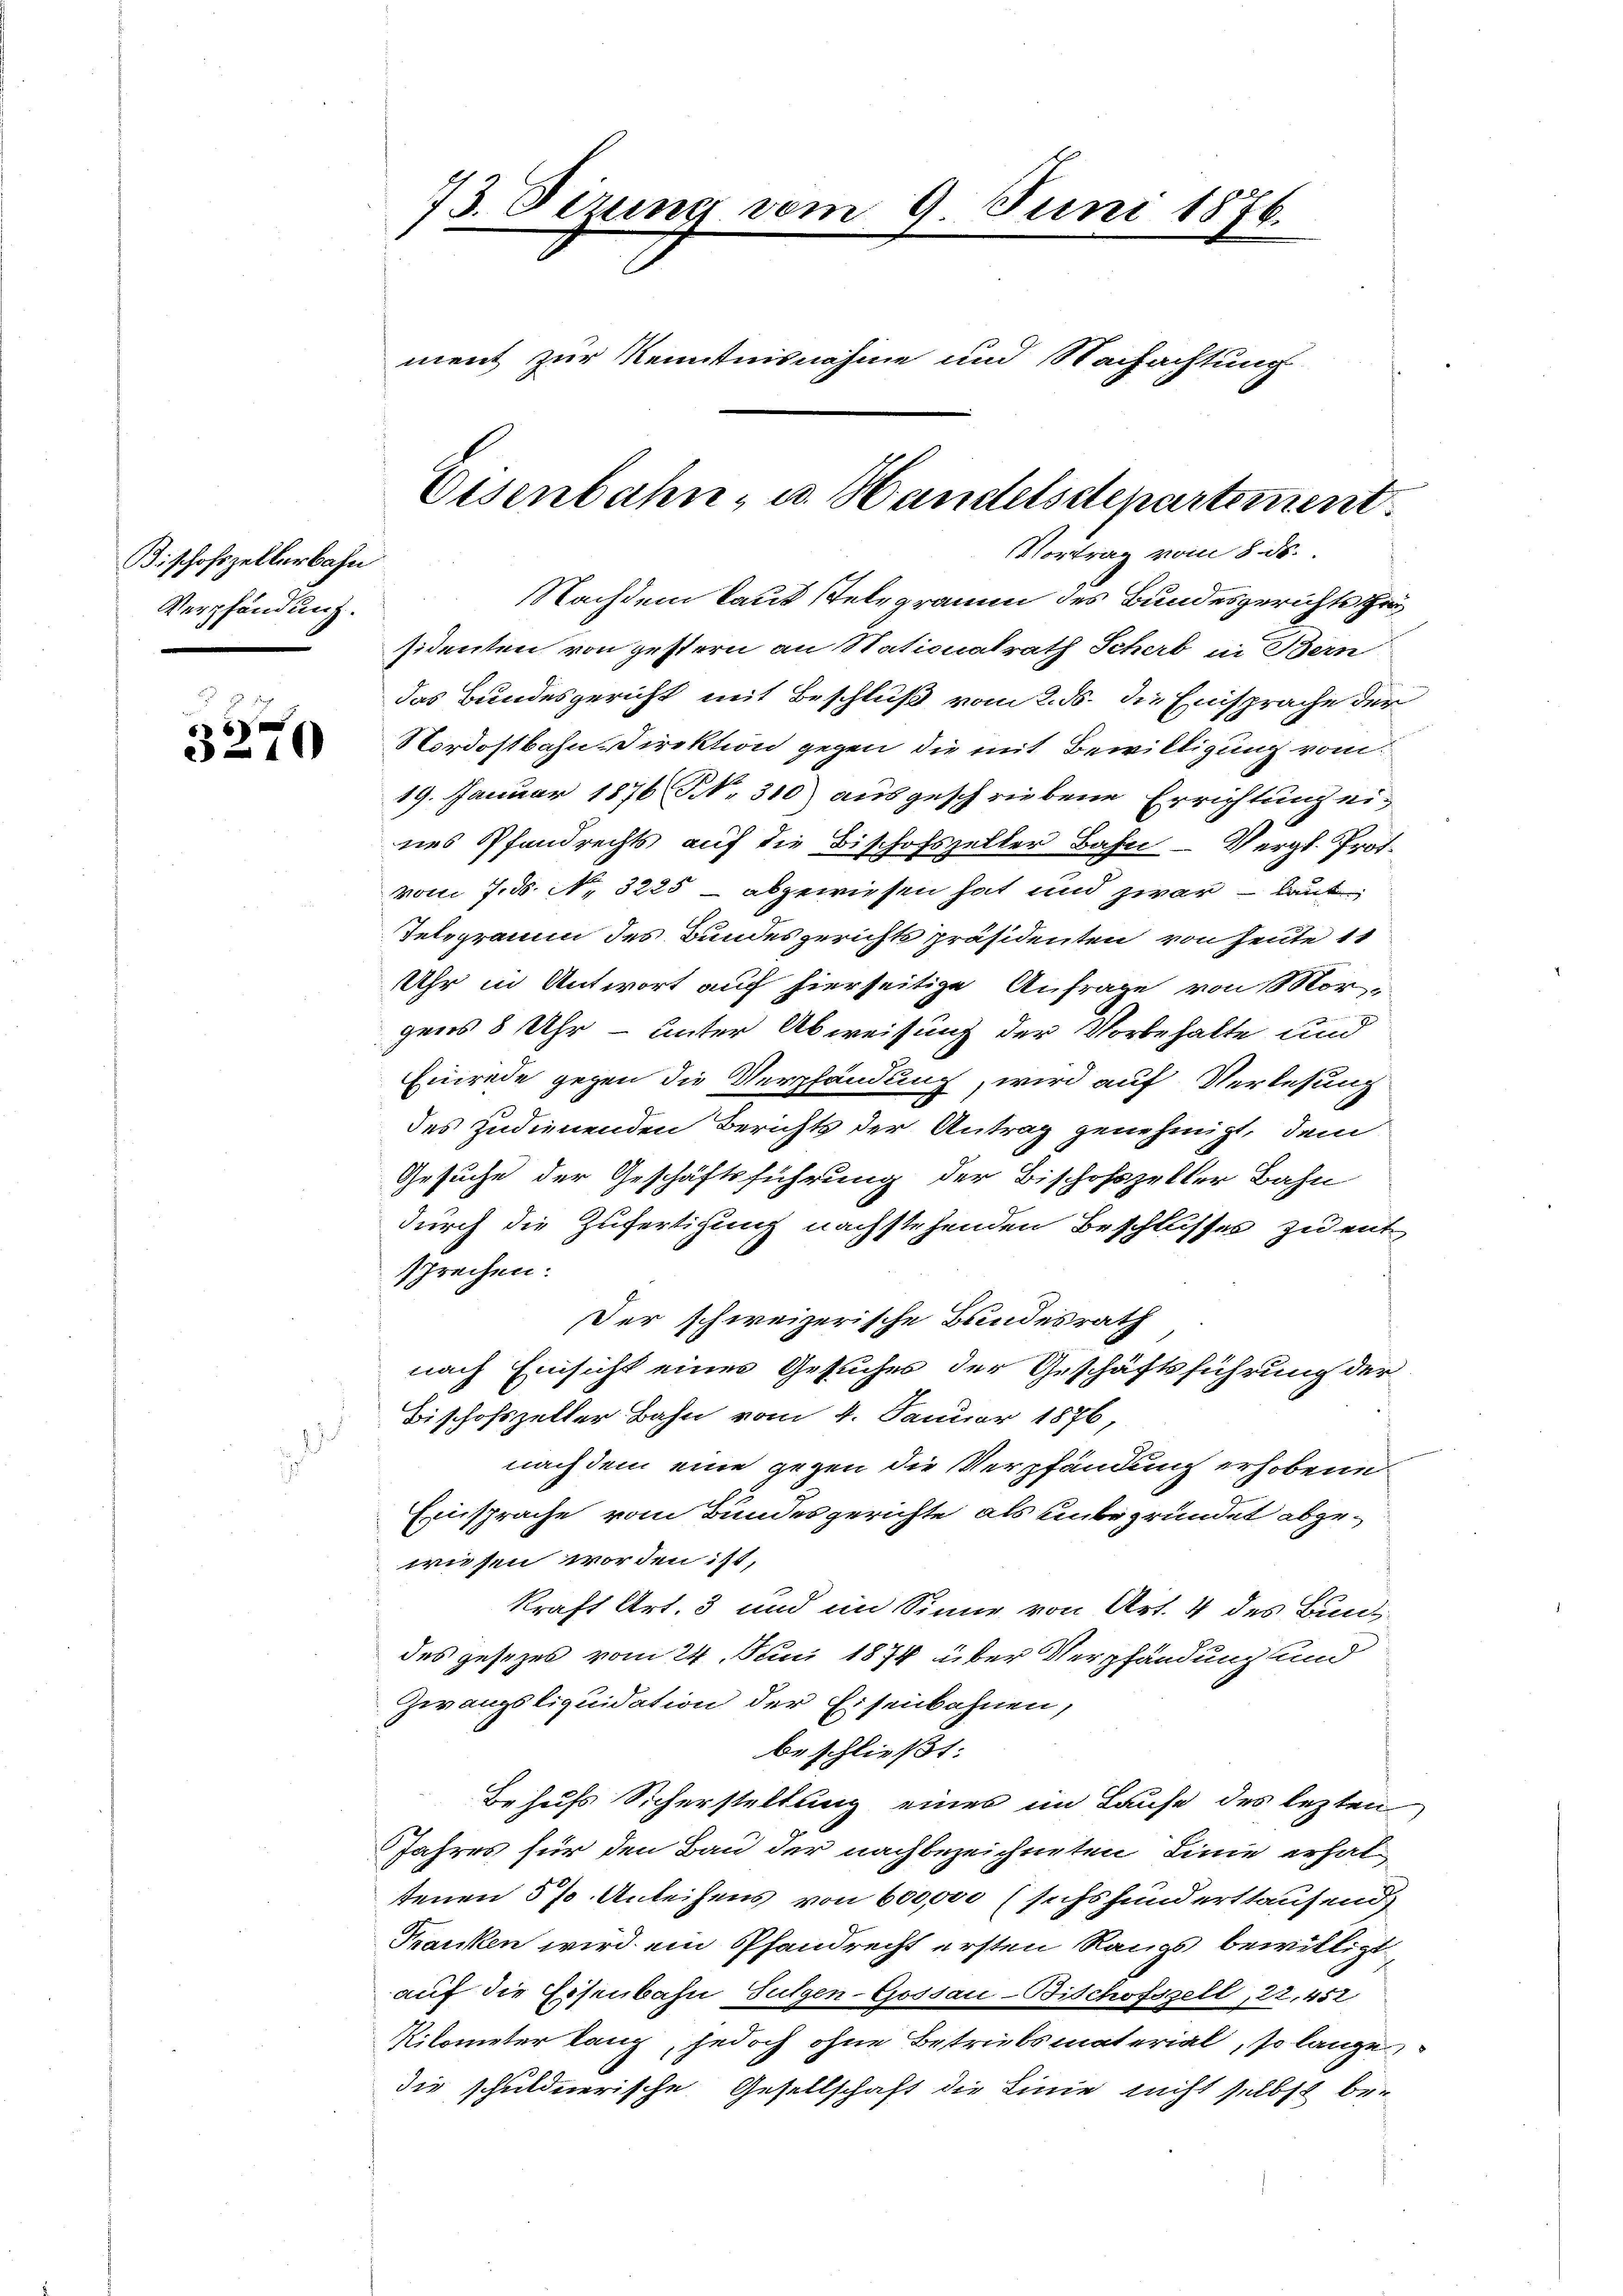
Bischofszellerbahn
Verpfändung.

6
3-10

73. Dezung vom 9. Juni 1876.

Nachdem Lauf stelegramm des Bundesgerichte He
sidenten von gestern an Stationalrath Schert in Bern
das Bundesgericht mit Beschluß vom 2. ds. die Einsprache der
Nordostbahn, Direktion gegen die mit Bewilligung vom
19. Januar 1876 S. 310) ausgeschriebene Errichtung eines Pfandrechts auf die Bischofszeller Bahn- Vergl. Prof.
vom 7. d. No. 3225 abgewiesen hat und zwar – laut
Tetogramm des Bundesgerichts präsidenten von heute 11
Uhr in Antwort auf hierseitige Anfrage von Morgens 8 Uhr – unter Abweisung der Vorbehalte und
Einrede gegen die Verpfändung, wird auf Verlesung
des zudienenden Berichts der Antrag genehmigt, dem
Gesuche der Geschäftsführung der Bischofszeller Bahn
durch die Zufertigung nachstehenden Beschlusses zu entsprechen.
Der schweizerische Bundesrath
nach Einsicht eines Gesuches der Geschäftsführung der
Bischofszeller Bahn vom 4. Januar 1876,
nach dem eine gegen die Verpfändung erhobene
Einsprache vom Bundesgerichte als unbegründet abgewiesen worden ist,
kraft Art. 3 und im Sinne von Art. 4 des Bund
des gesezes vom 24. Juni 1874 über Verpfändung und
Zwangsliquidation der Eisenbahnen,
beschließt:
Behufs Sicherstellung eines im Laufe des lezten
Jahres für den Bau der nachbezeichneten Linie erhal
tenen 5 % Anleihens von 600,000 (sechshunderthaufend
Franken wird ein Pfandrecht ersten Rangs bewilligt
auf die Eisenbahn Sutzen-Gossau-Bischofszell, 22, 452
Rilometer lang, jedoch ohne Betriebsmaterial, so lange
die schuldnerische Gesellschaft die Linie nicht selbst be-

ment zur Kenntnisnahme und Nachachtung

Eisenbahn, u. Handelsdepartement
Vortrag vom 8. ds.